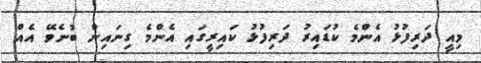
މިއީ ދަރިފުޅު އެންމެ ކުޑައިރު ދަރިފުޅު ކައިރީގައި އެންމެ ގިނައިން ބުނެވޭ އެއް